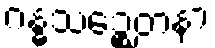
ဂန္ဓသဉ္စေတနာ